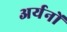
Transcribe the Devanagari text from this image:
अर्यनों